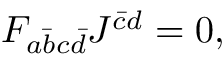
F _ { a \bar { b } c \bar { d } } J ^ { \bar { c } d } = 0 ,